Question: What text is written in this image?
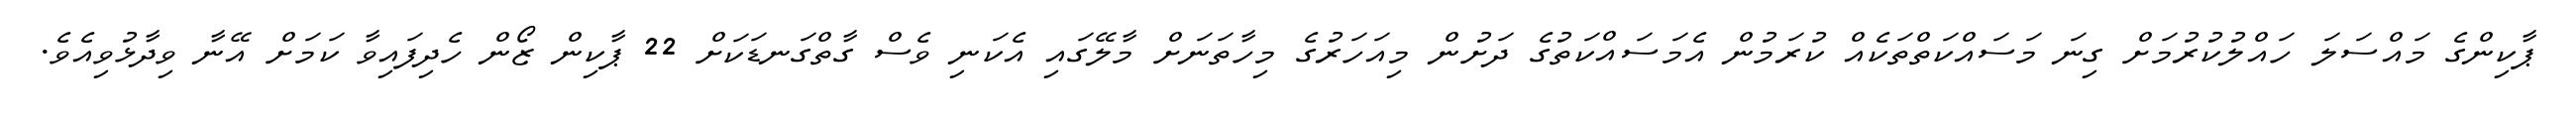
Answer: ޕާކިންގެ މައްސަލަ ހައްލުކުރުމަށް ގިނަ މަސައްކަތްތަކެއް ކުރަމުން އެމަސައްކަތުގެ ދަށުން މިއަހަރުގެ މިހާތަނަށް މާލޭގައި އެކަނި ވެސް ގާތްގަނޑަކަށް 22 ޕާކިން ޒޯން ހެދިފައިވާ ކަމަށް އޭނާ ވިދާޅުވިއެވެ.